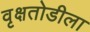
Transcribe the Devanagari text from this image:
वृक्षतोडीला